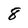
Character: 8